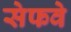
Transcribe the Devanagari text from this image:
सेफवे